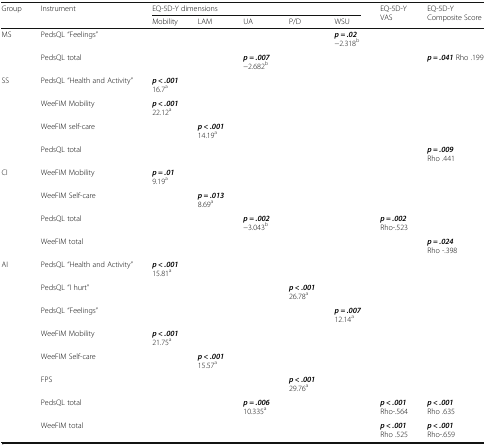
<table><thead><tr><td rowspan="2"><b>Group</b></td><td rowspan="2"><b>Instrument</b></td><td colspan="5"><b>EQ-5D-Y dimensions</b></td><td rowspan="2"><b>EQ-5D-Y VAS</b></td><td rowspan="2"><b>EQ-5D-Y Composite Score</b></td></tr><tr><td><b>Mobility</b></td><td><b>LAM</b></td><td><b>UA</b></td><td><b>P/D</b></td><td><b>WSU</b></td></tr></thead><tbody><tr><td rowspan="2">MS</td><td>PedsQL “Feelings”</td><td></td><td></td><td></td><td></td><td><b><i>p = .02</i></b>−2.318<sup>b</sup></td><td></td><td></td></tr><tr><td>PedsQL total</td><td></td><td></td><td><b><i>p = .007</i></b>−2.682<sup>b</sup></td><td></td><td></td><td></td><td><b><i>p = .041</i></b> Rho .199</td></tr><tr><td rowspan="4">SS</td><td>PedsQL “Health and Activity”</td><td><b><i>p &lt; .001</i></b>16.7<sup>a</sup></td><td></td><td></td><td></td><td></td><td></td><td></td></tr><tr><td>WeeFIM Mobility</td><td><b><i>p &lt; .001</i></b>22.12<sup>a</sup></td><td></td><td></td><td></td><td></td><td></td><td></td></tr><tr><td>WeeFIM self-care</td><td></td><td><b><i>p &lt; .001</i></b>14.19<sup>a</sup></td><td></td><td></td><td></td><td></td><td></td></tr><tr><td>PedsQL total</td><td></td><td></td><td></td><td></td><td></td><td></td><td><b><i>p = .009</i></b>Rho .441</td></tr><tr><td rowspan="4">CI</td><td>WeeFIM Mobility</td><td><b><i>p = .01</i></b>9.19<sup>a</sup></td><td></td><td></td><td></td><td></td><td></td><td></td></tr><tr><td>WeeFIM Self-care</td><td></td><td><b><i>p = .013</i></b>8.69<sup>a</sup></td><td></td><td></td><td></td><td></td><td></td></tr><tr><td>PedsQL total</td><td></td><td></td><td><b><i>p = .002</i></b>−3.043<sup>b</sup></td><td></td><td></td><td><b><i>p = .002</i></b>Rho-.523</td><td></td></tr><tr><td>WeeFIM total</td><td></td><td></td><td></td><td></td><td></td><td></td><td><b><i>p = .024</i></b>Rho -.398</td></tr><tr><td rowspan="8">AI</td><td>PedsQL “Health and Activity”</td><td><b><i>p &lt; .001</i></b>15.81<sup>a</sup></td><td></td><td></td><td></td><td></td><td></td><td></td></tr><tr><td>PedsQL “I hurt”</td><td></td><td></td><td></td><td><b><i>p &lt; .001</i></b>26.78<sup>a</sup></td><td></td><td></td><td></td></tr><tr><td>PedsQL “Feelings”</td><td></td><td></td><td></td><td></td><td><b><i>p = .007</i></b>12.14<sup>a</sup></td><td></td><td></td></tr><tr><td>WeeFIM Mobility</td><td><b><i>p &lt; .001</i></b>21.75<sup>a</sup></td><td></td><td></td><td></td><td></td><td></td><td></td></tr><tr><td>WeeFIM Self-care</td><td></td><td><b><i>p &lt; .001</i></b>15.57<sup>a</sup></td><td></td><td></td><td></td><td></td><td></td></tr><tr><td>FPS</td><td></td><td></td><td></td><td><b><i>p &lt; .001</i></b>29.76<sup>a</sup></td><td></td><td></td><td></td></tr><tr><td>PedsQL total</td><td></td><td></td><td><b><i>p = .006</i></b>10.335<sup>a</sup></td><td></td><td></td><td><b><i>p &lt; .001</i></b>Rho-.564</td><td><b><i>p &lt; .001</i></b>Rho .635</td></tr><tr><td>WeeFIM total</td><td></td><td></td><td></td><td></td><td></td><td><b><i>p &lt; .001</i></b>Rho .525</td><td><b><i>p &lt; .001</i></b>Rho-.659</td></tr></tbody></table>